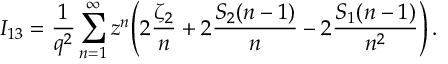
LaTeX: I _ { 1 3 } = \frac { 1 } { q ^ { 2 } } \sum _ { n = 1 } ^ { \infty } z ^ { n } \Biggl ( 2 \frac { \zeta _ { 2 } } { n } + 2 \frac { S _ { 2 } ( n - 1 ) } { n } - 2 \frac { S _ { 1 } ( n - 1 ) } { n ^ { 2 } } \Biggr ) \, .